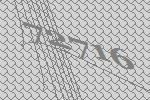
72716